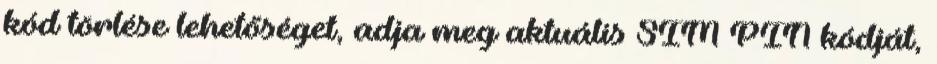
kód törlése lehetőséget, adja meg aktuális SIM PIN kódját,